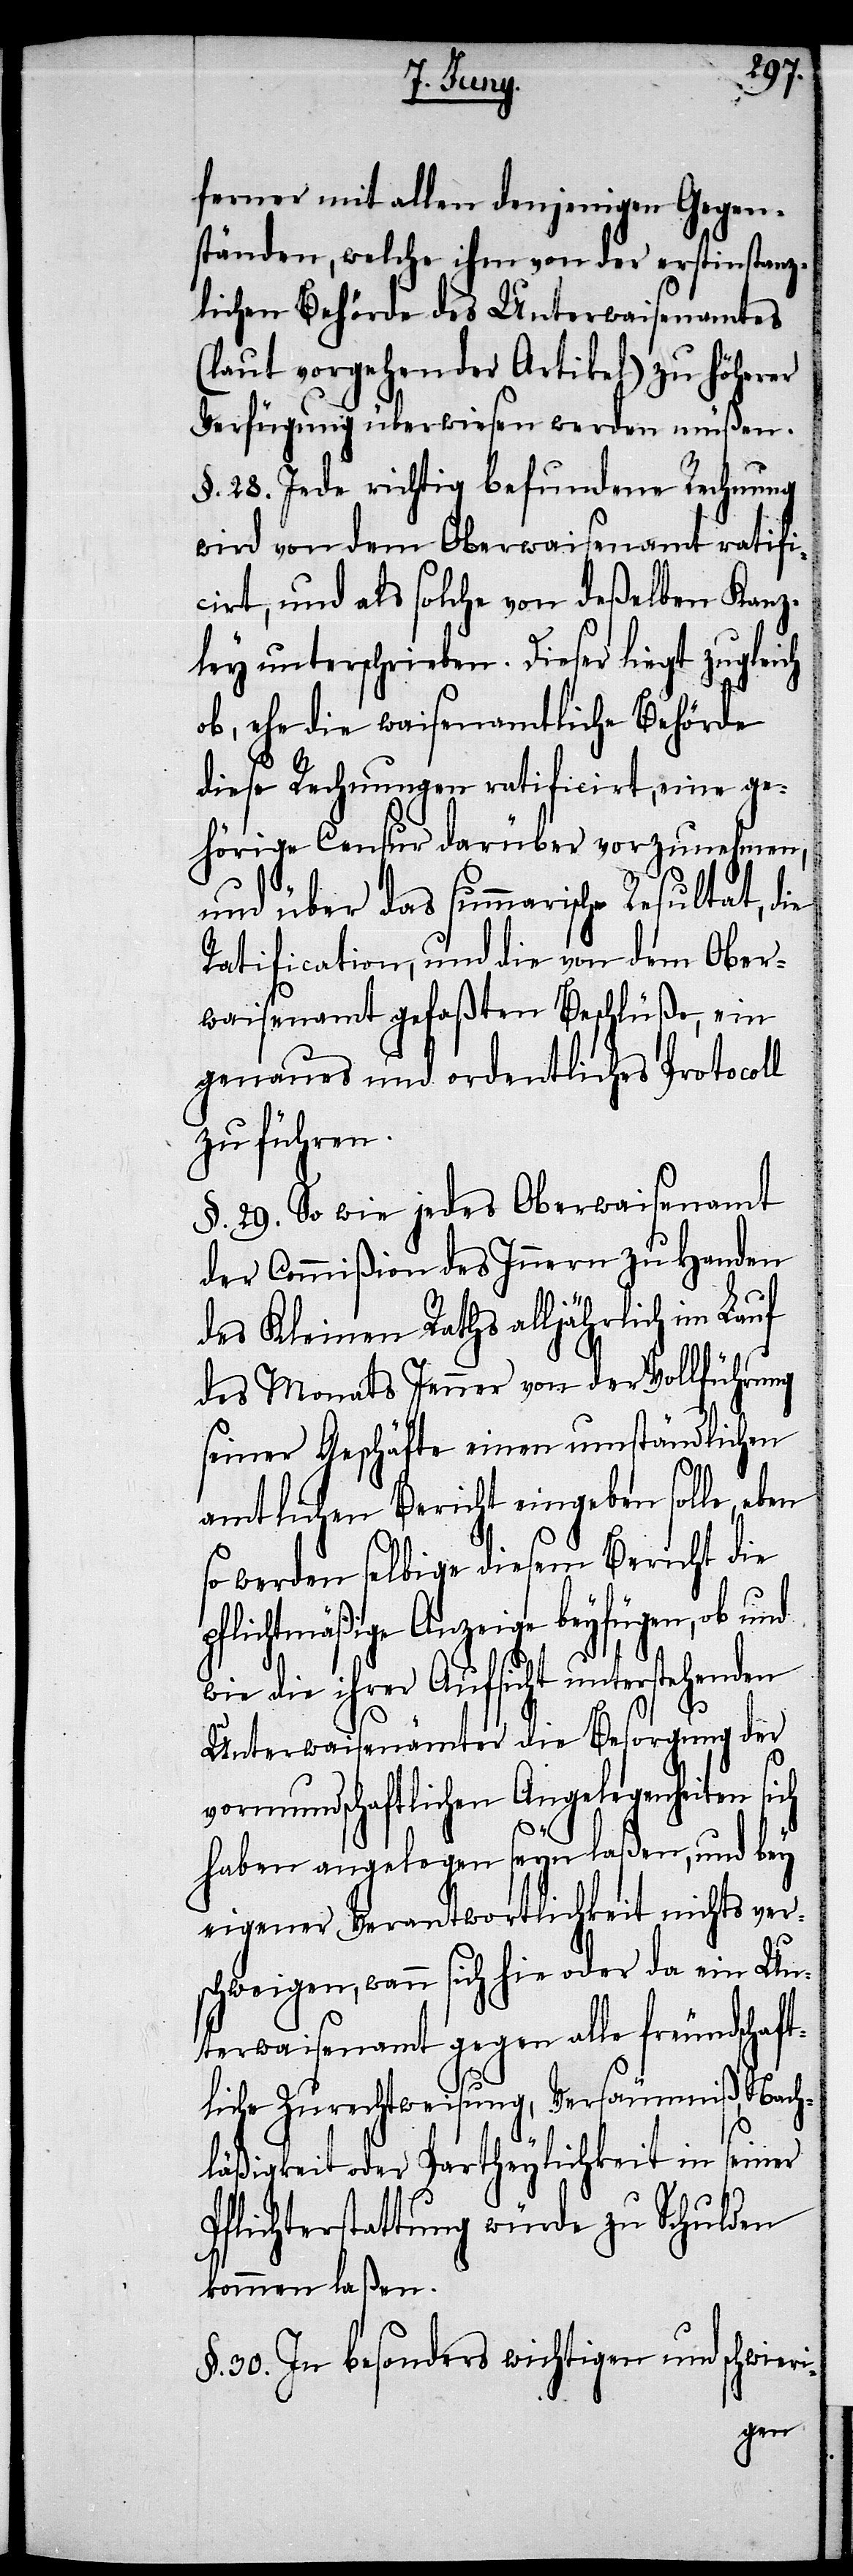
i-
ferner mit allen denjenigen Gegen¬
ständen, welche ihm von der erstinstanz¬
lichen Behörde des Unterwaisenamtes
(laut vorgehender Artikel) zu höherer
Verfügung überwiesen werden müßen.
§. 28. Jede richtig befundene Rechnung
wird von dem Oberwaisenamt ratifi¬
cirt, und als solche von deßelben Kanz¬
ley unterschrieben. Dieser liegt zugleich
ob, ehe die waisenamtliche Behörde
diese Rechnungen ratificirt, eine ge¬
hörige Censur darüber vorzunehmen,
und über das summarische Resultat, die
Ratification, und die von dem Ober¬
waisenamt gefaßten Beschlüße, ein
genaues und ordentliches Protocoll
zu führen.
§. 29. So wie jedes Oberwaisenamt
der Commißion des Innern zu Handen
des Kleinen Raths alljährlich im Lauf
des Monats Jenner von der Vollführung
seiner Geschäfte einen umständlichen
amtlichen Bericht eingeben solle, eben
so werden selbige diesem Bericht die
pflichtmäßige Anzeige beyfügen, ob und
wie die ihrer Aufsicht unterstehenden
Unterwaisenämter die Besorgung der
vormundschaftlichen Angelegenheiten
haben anlegen seyn laßen, und bey
eigener Verwantwortlichkeit nichts ver¬
schweigen, wenn sich hie oder da ein Un¬
terwaisenamt gegen alle freundschaft¬
liche Zurechtweisung, Versäumniß, Nach¬
läßigkeit der Partheylichkeit in seiner
Pflichterstattung würde zu Schulden
kommen laßen.
§. 30. In besonders wichtigen und schwier¬